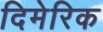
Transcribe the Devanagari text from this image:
दिमेरिक